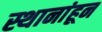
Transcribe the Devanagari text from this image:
स्थानांहून